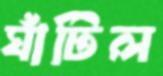
ঘাঁটিল